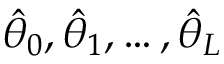
\hat { \theta } _ { 0 } , \hat { \theta } _ { 1 } , \ldots , \hat { \theta } _ { L }